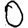
Digit: 0